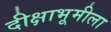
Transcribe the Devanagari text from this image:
दीक्षाभूमीला